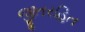
જીતરહિત